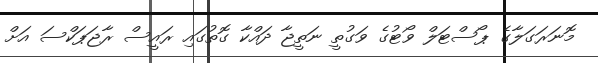
މޮނަރަގަލާގެ ޕޯސްޓަލް ވޯޓުގެ ވަގުތީ ނަތީޖާ ދައްކާ ގޮތުގައި ރައީސް ރާޖަޕަކްސަ އަށް